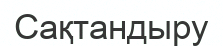
Сақтандыру